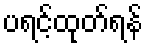
ပရင့်ထုတ်ရန်